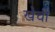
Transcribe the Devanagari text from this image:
खेची